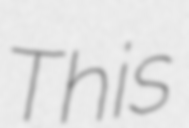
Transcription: This